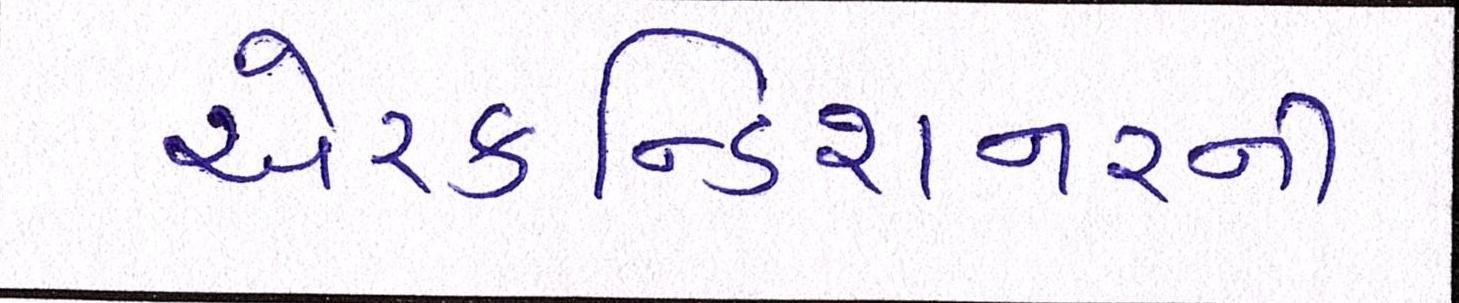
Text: એરકન્ડિશનરની